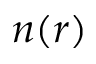
n ( r )